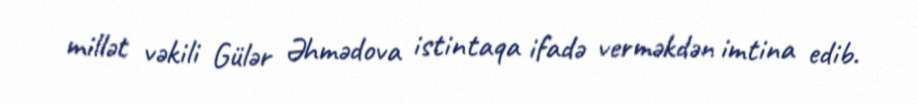
millət vəkili Gülər Əhmədova istintaqa ifadə verməkdən imtina edib.